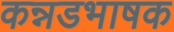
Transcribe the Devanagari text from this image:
कन्नडभाषक